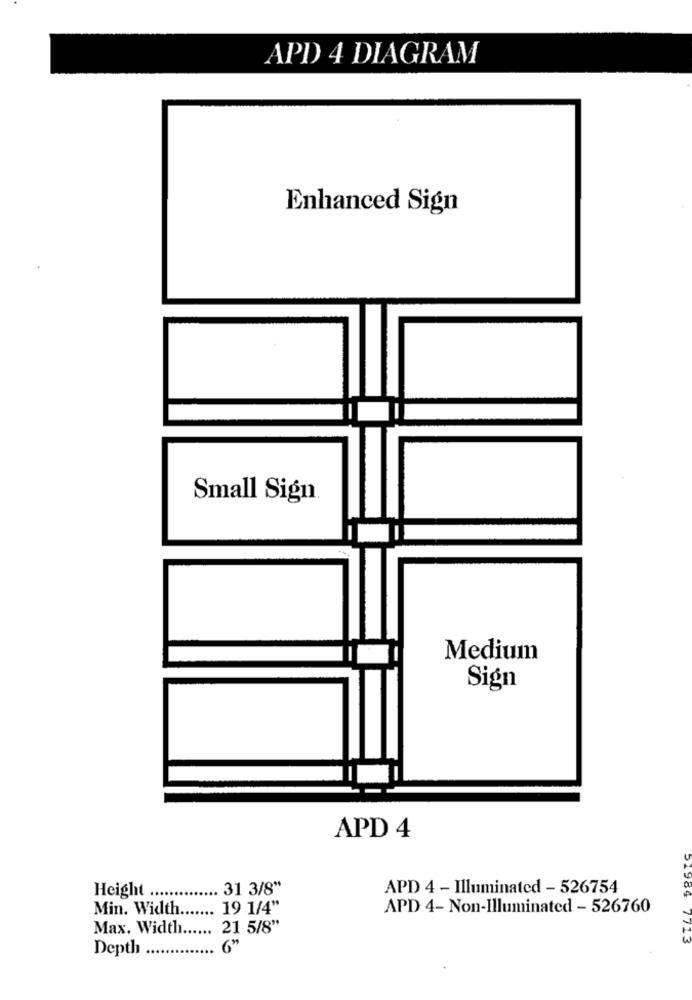
APD 4 DIAGRAM
Enhanced Sign
Small Sign.
Medium
Sign
APD 4
Height
31 3/8"
APD 4 - Illuminated - 526754
Min. Width
19 1/4"
APD 4- Non-Illuminated - 526760
Max. Width.
21 5/8"
21964 7713
Depth